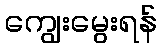
ကျွေးမွေးရန်